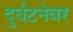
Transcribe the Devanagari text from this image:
दुर्घटनेवर